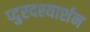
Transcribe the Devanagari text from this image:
प्दुरदश्यार्शन